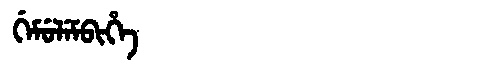
Manchu: ᡤᡝᠮᡠᠯᡝᠮᠪᡳᡥᡝ
Romanization: GEMULEMBIHE